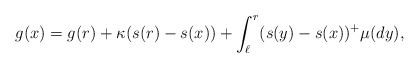
\begin{align*}g(x)=g(r) + \kappa (s(r)-s(x)) + \int_{\ell}^r (s(y)-s(x))^+ \mu(dy), \end{align*}